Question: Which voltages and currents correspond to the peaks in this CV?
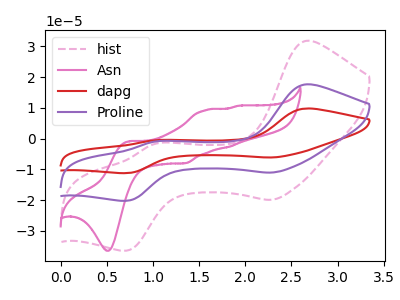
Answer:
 <answer>The pink dashed curve "hist" has anodic peaks at (2.65V, 31.80uA) (1.00V, -1.75uA) and cathodic peaks at (2.30V, -19.90uA) (0.70V, -36.40uA). The pink curve "Asn" has anodic peaks at (0.75V, -0.85uA) (1.55V, 9.30uA) (1.80V, -2.70uA) (1.90V, 10.65uA) and cathodic peaks at (0.50V, -36.45uA) (1.35V, -8.00uA). The red curve "dapg" has anodic peaks at (2.65V, 35.30uA) (1.00V, -1.90uA) and cathodic peaks at (2.30V, -22.05uA) (0.70V, -40.45uA). The purple curve "Proline" has anodic peaks at (2.65V, 17.65uA) (1.00V, -0.95uA) and cathodic peaks at (2.30V, -11.05uA) (0.70V, -20.20uA).</answer>
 <eval></eval>